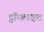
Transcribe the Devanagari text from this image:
ट्वॉयलाइट